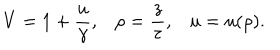
LaTeX: V = 1 + { \frac { u } { \gamma } } , \rho = { \frac { z } { \tau } } , u = u ( \rho ) .